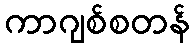
ကာဂျစ်စတန်